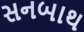
સનબાથ